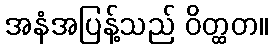
အနံအပြန့်သည် ဝိတ္ထတ။